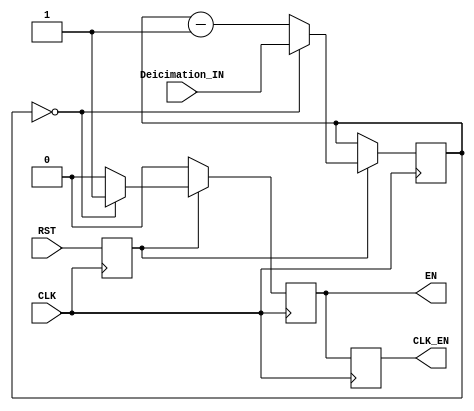
/**
  ******************************************************************************
  * @file       Decimation_counter.v
  * @author     Neil Lab :: Left Radio
  * @version    v1.5.0
  * @date
  * @brief      Decimation counter for sample data
  ******************************************************************************
**/

module Decimation_counter
(
	input [23:0]        Deicimation_IN,
	input				RST,
	input               CLK,

	output reg          EN,
	output reg          CLK_EN
);

/* registers */
reg [23:0]  Deicimation_reg;
reg rst;


/* IN/OUT temp registers */
always @(posedge CLK) begin

	rst <= RST;
	CLK_EN <= EN;

end


/* */
always @(posedge CLK) begin
		
	if(rst == 1'b0) begin		
		EN <= 1'b0;		
	end
	else begin
   
		if(Deicimation_reg == 0) begin
			
			Deicimation_reg <= Deicimation_IN;
			EN <= 1'b1;			
			
		end
		else begin
			
			Deicimation_reg <= Deicimation_reg - 1'b1;
			EN <= 1'b0;
			
		end
		
   end
      
end	





endmodule